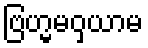
ဗြဟ္မမဝှယာမ